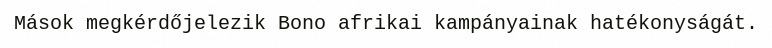
Mások megkérdőjelezik Bono afrikai kampányainak hatékonyságát.